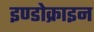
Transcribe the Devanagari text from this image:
इण्डोक्राइन